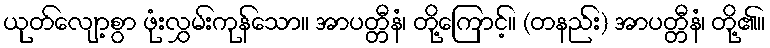
ယုတ်လျော့စွာ ဖုံးလွှမ်းကုန်သော။ အာပတ္တီနံ၊ တို့ကြောင့်။ (တနည်း) အာပတ္တီနံ၊ တို့၏။